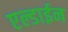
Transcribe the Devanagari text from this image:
एल्डाईन